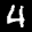
Label: 4